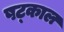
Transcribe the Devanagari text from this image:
षट्काल